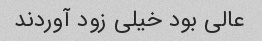
عالی بود خیلی زود آوردند